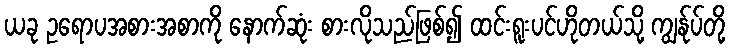
ယခု ဥရောပအစားအစာကို နောက်ဆုံး စားလိုသည်ဖြစ်၍ ထင်းရူးပင်ဟိုတယ်သို့ ကျွန်ုပ်တို့